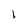
Character: l